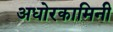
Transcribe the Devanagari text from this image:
अधोरकामिनी